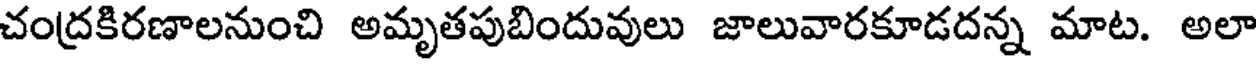
చంద్రకిరణాలనుంచి అమృతపుబిందువులు జాలువారకూడదన్న మాట. అలా